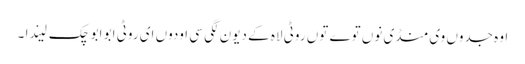
اوہ جدوں وی منڈی نوں توے توں روٹی لاہ کے دیون لگی سی اودوں ای روٹی ابو ابو چک لیندا ۔